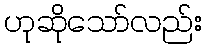
ဟုဆိုသော်လည်း